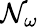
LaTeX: \mathcal{N}_{\omega}